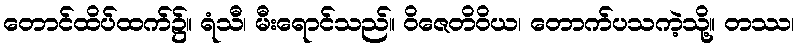
တောင်ထိပ်ထက်၌။ ရံသီ၊ မီးရောင်သည်။ ဝိဇေတိဝိယ၊ တောက်ပသကဲ့သို့။ တဿ၊